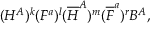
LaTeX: ( H ^ { A } ) ^ { k } ( F ^ { a } ) ^ { l } ( { \overline { { H } } } ^ { A } ) ^ { m } ( { \overline { { F } } } ^ { a } ) ^ { r } B ^ { A } ,